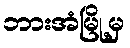
ဘားအံမြို့မှ